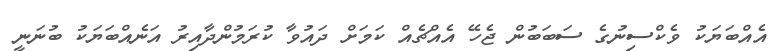
އެއްބަޔަކު ވެކްސިނުގެ ސަބަބުން ޖެހޭ އެއްޗެއް ކަމަށް ދައުވާ ކުރަމުންދާއިރު އަނެއްބަޔަކު ބުނަނީ